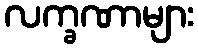
လက္ခဏာများ